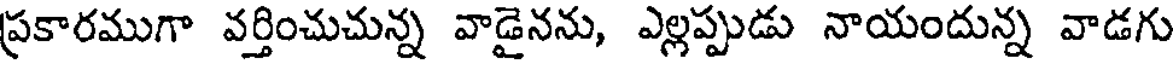
ప్రకారముగా వర్తించుచున్న వాడైనను, ఎల్లప్పుడు నాయందున్న వాడగు